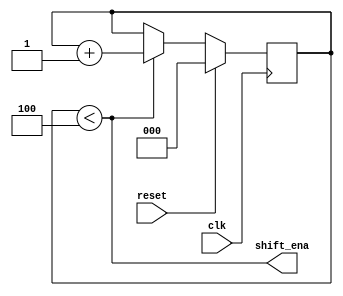
module top_module (
    input clk,
    input reset,      // Synchronous reset
    output shift_ena);
    
    reg [2:0] counter;
    
    always@(posedge clk) begin
        if(reset)
            counter<=3'd0;
        else if(counter<3'd4)
            counter<=counter+3'd1;
    end
    
    assign shift_ena=counter<3'd4;

endmodule